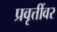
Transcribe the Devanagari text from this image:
प्रवृत्तींवर